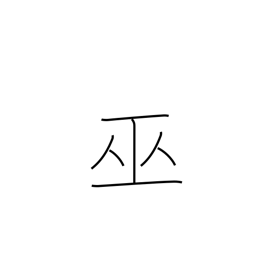
Meaning: shrine maiden